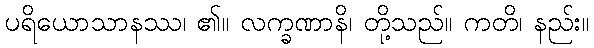
ပရိယောသာနဿ၊ ၏။ လက္ခဏာနိ၊ တို့သည်။ ကတိ၊ နည်း။